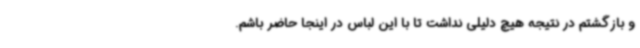
و بازگشتم در نتیجه هیچ دلیلی نداشت تا با این لباس در اینجا حاضر باشم.